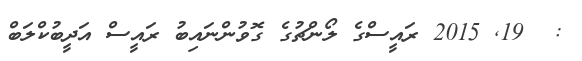
:  19